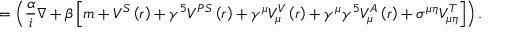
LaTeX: = \left( \frac { \alpha } { i } \nabla + \beta \left[ m + V ^ { S } \left( r \right) + \gamma ^ { 5 } V ^ { P S } \left( r \right) + \gamma ^ { \mu } V _ { \mu } ^ { V } \left( r \right) + \gamma ^ { \mu } \gamma ^ { 5 } V _ { \mu } ^ { A } \left( r \right) + \sigma ^ { \mu \eta } V _ { \mu \eta } ^ { T } \right] \right) .